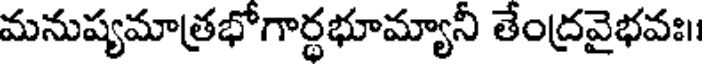
మనుష్యమాత్రభోగార్థభూమ్యానీ తేంద్రవైభవః।